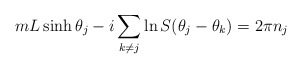
\begin{align*}mL\sinh\theta_j-i\sum_{k\neq j}\ln S(\theta_j-\theta_k)=2\pi n_j\end{align*}